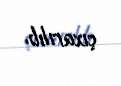
çıxarılıb.